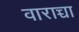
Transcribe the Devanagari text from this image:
वाराच्चा